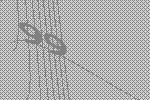
99